Eestimaa_Kommunistliku_Partei_Keskkomitee, lk 27
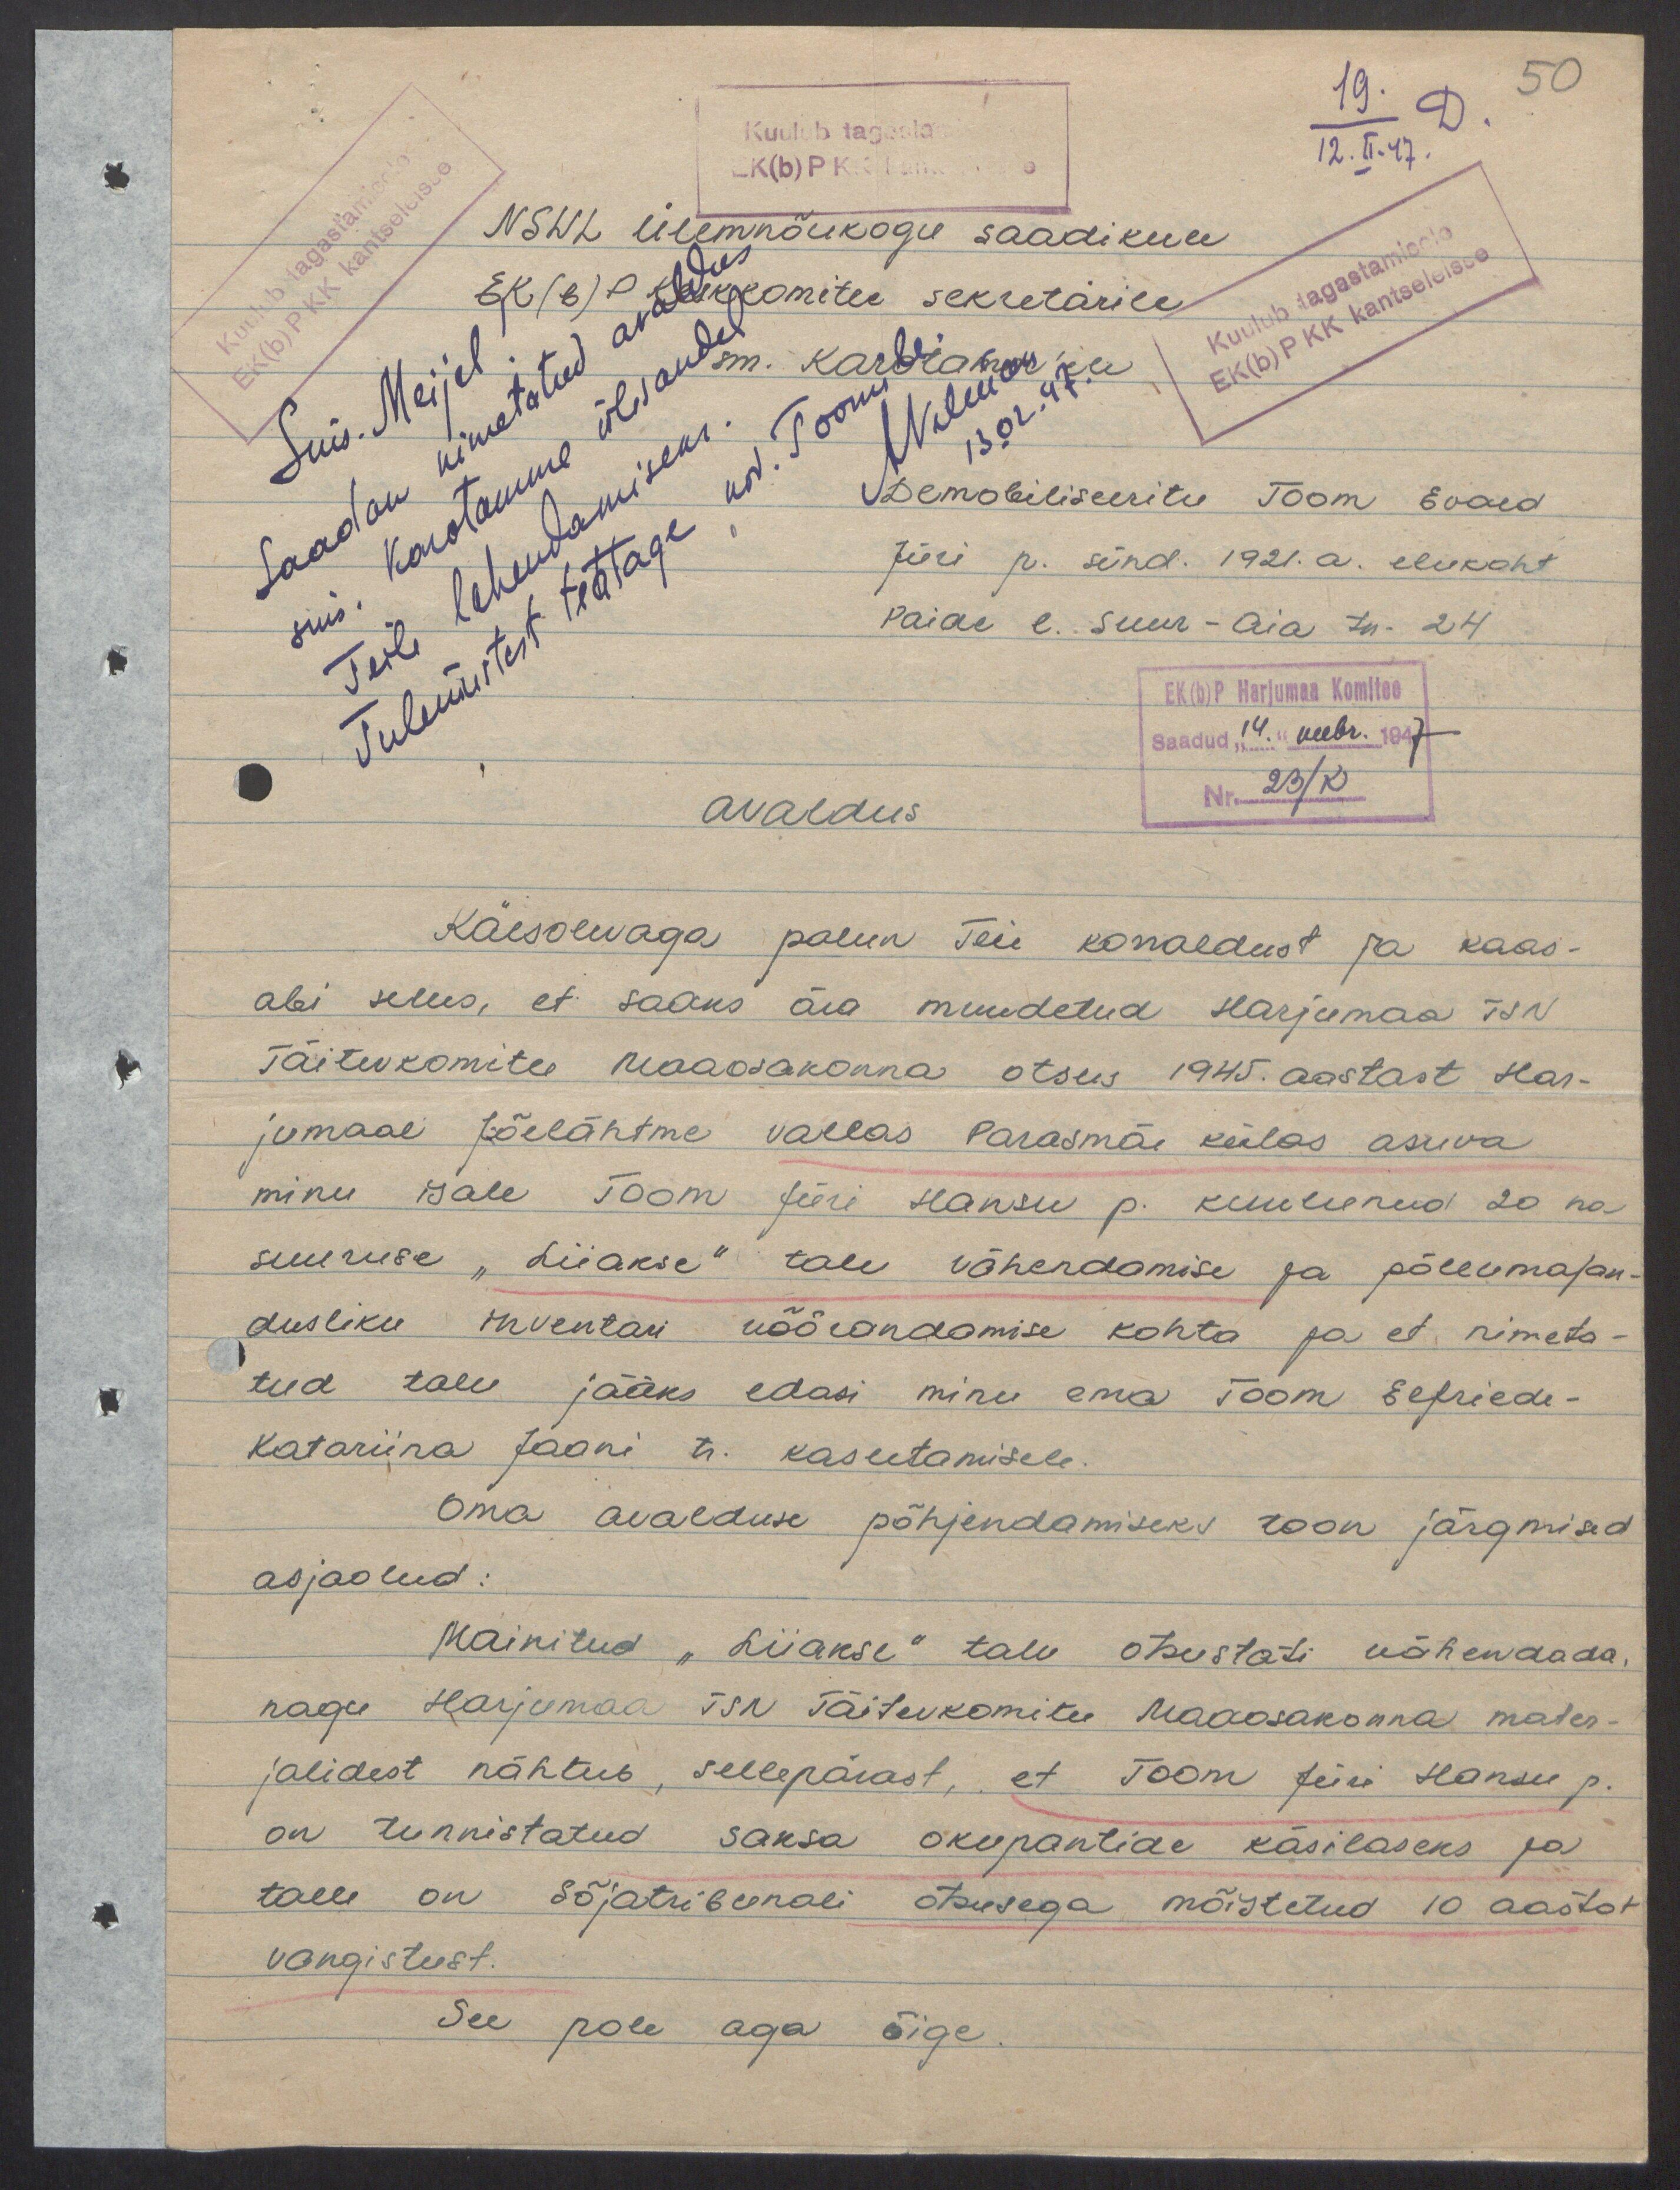
50
19.
D.
Kuulub tagasta
12.II.47
EK(b)P KK
NSVL Ülemnõukogu saadikule
EK(b)P keskkomitee sekretärile
sm. Karotamm'ile
Demobiliseeritu Toom Evald
Jüri p. sünd. 1921. a. elukoht
Paide l. Suur-Aia tn. 24
EK(b)P Harjumaa Komitee
Saadud "14." veebr. 1947
avaldus
Nr. 23/K
Käesolevaga palun Teie korraldust ja kaas-
abi selles, et saaks ära muudetud Harjumaa TSN
Täitevkomitee Maaosakonna otsus 1945. aastast Har-
jumaal Jõelähtme vallas Parasmäe külas asuva
minu isale Toom Jüri Hansu p. kuulunud 20 ha
suuruse "Liiakse" talu vähendamise ja põllumajan-
dusliku inventari võõrandamise kohta ja et nimeta-
tud talu jääks edasi minu ema Toom Elfriede-
Katariina Jaani tr. kasutamisele.
Oma avalduse põhjendamiseks toon järgmised
asjaolud:
Mainitud "Liiakse" talu otsustati vähendada,
nagu Harjumaa TSN Täitevkomitee Maaosakonna mater-
jalidest nähtub, sellepärast, et Toom Jüri Hansu p.
on tunnistatud saksa okupantide käsilaseks ja
talle on Sõjatribunali otsusega mõistetud 10 aastat
vangistust.
See pole aga õige.